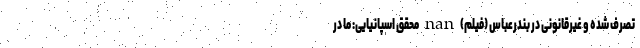
تصرف شده و غیرقانونی در بندرعباس (فیلم) nan محقق اسپانیایی: ما در